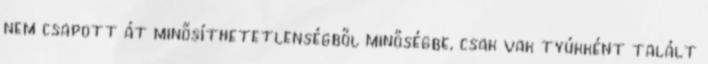
nem csapott át minősíthetetlenségből minőségbe, csak vak tyúkként talált